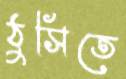
ঠুসিতে